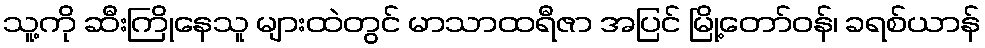
သူ့ကို ဆီးကြိုနေသူ များထဲတွင် မာသာထရီဇာ အပြင် မြို့တော်ဝန်၊ ခရစ်ယာန်